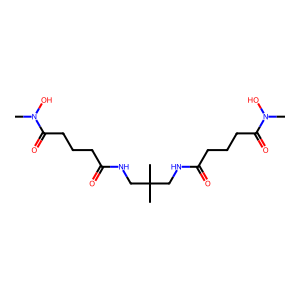
SMILES: CN(O)C(=O)CCCC(=O)NCC(C)(C)CNC(=O)CCCC(=O)N(C)O
Inhibits HIV replication: No